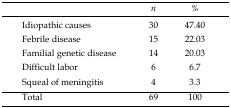
<table><thead><tr><td></td><td><b>n</b></td><td><b>%</b></td></tr></thead><tbody><tr><td>Idiopathic causes</td><td>30</td><td>47.40</td></tr><tr><td>Febrile disease</td><td>15</td><td>22.03</td></tr><tr><td>Familial genetic disease</td><td>14</td><td>20.03</td></tr><tr><td>Difficult labor</td><td>6</td><td>6.7</td></tr><tr><td>Squeal of meningitis</td><td>4</td><td>3.3</td></tr><tr><td>Total</td><td>69</td><td>100</td></tr></tbody></table>